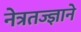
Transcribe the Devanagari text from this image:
नेत्रतज्ज्ञाने